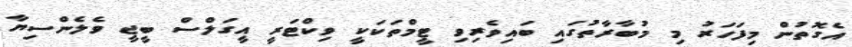
އެގޮތުން މިފަހަރު މި މުބާރާތުގައި ބައިވެރިވި ޓީމްތަކަކީ ވިކްޓަރީ އީގަލްސް ބީޖީ ވެލެންސިޔާ